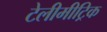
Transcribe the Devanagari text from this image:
टेलीमीट्रिक